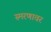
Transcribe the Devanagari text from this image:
स्मरणावर